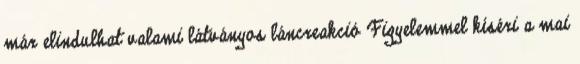
már elindulhat valami látványos láncreakció Figyelemmel kíséri a mai